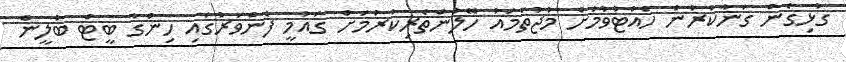
ގުޅިގެން ގަނާކުރުން ހުއްޓުވުމަށް މުޖުތަމައު ހޭލުންތެރިކުރުމަށް ގައުމީ ފެންވަރުގައި ހިންގާ ބީޓް ބުލީން